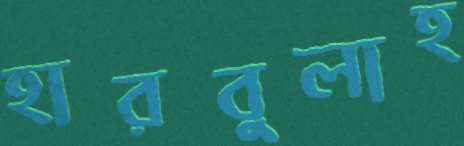
হারবুলাহ